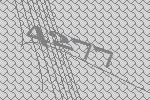
4277